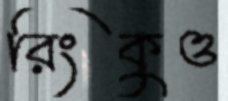
রিংকুও